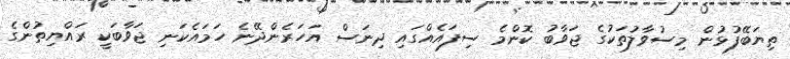
ތިޔަބޭފުޅުން މިސުވާލުތަކުގެ ޖަވާބު ކޮންމެ ސިފައެއްގައި ދިނަސް އަހަރެންދޭނެ ހަމައެކަނި ޖަވާބަކީ ރައްޔިތުންގެ